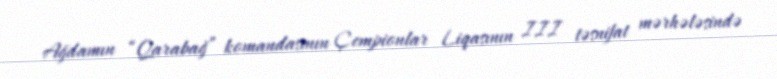
Ağdamın “Qarabağ” komandasının Çempionlar Liqasının III təsnifat mərhələsində